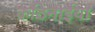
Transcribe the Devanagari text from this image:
कठिनाईया